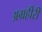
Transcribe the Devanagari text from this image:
अग्रहीरी